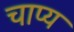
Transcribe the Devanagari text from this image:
चाप्य